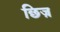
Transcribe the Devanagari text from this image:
छिज़